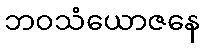
ဘဝသံယောဇနေ